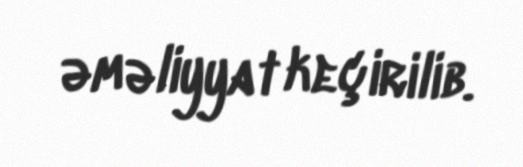
əməliyyat keçirilib.